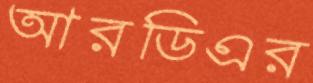
আরডিএর